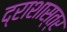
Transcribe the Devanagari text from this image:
द्राशास्त्र